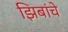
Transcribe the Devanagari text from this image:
झिबांचे